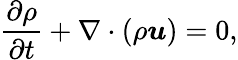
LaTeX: \frac{\partial\rho}{\partial t}+\nabla\cdot\left(\rho\boldsymbol{u}\right)=0,